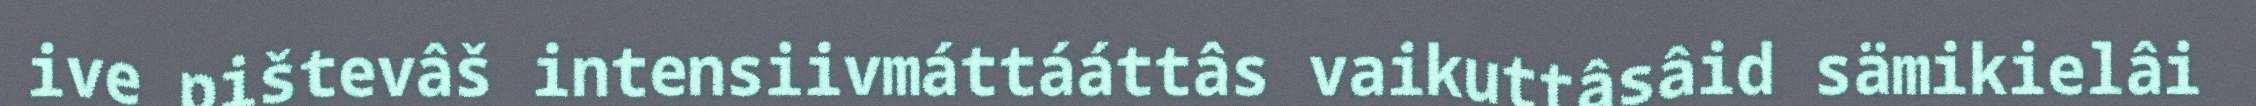
ive pištevâš intensiivmáttááttâs vaikuttâsâid sämikielâi